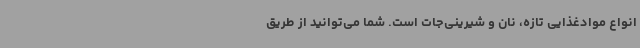
انواع موادغذایی تازه، نان و شیرینی‌جات است. شما می‌توانید از طریق